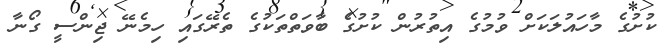
ކުށުގެ މާހައުލަކަށް ވުމުގެ އިތުރުން ކުށުގެ ބާވަތްތަކުގެ ތެރޭގައި ހިމެނޭ ޖިންސީ ގޯނާ